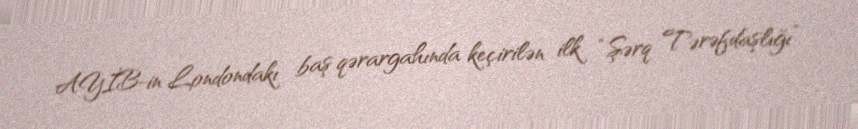
AYİB-in Londondakı baş qərargahında keçirilən ilk “Şərq Tərəfdaşlığı”